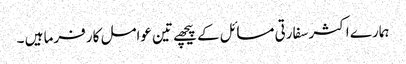
ہمارے اکثر سفارتی مسائل کے پیچھے تین عوامل کار فرما ہیں ۔